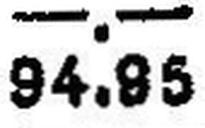
94.95